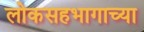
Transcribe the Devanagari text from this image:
लोकसहभागाच्या